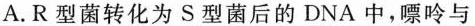
A.R型菌转化为S型菌后的DNA中，嘌呤与